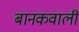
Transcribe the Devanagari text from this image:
बानकवाली